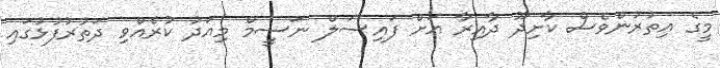
މީގެ އިތުރުންވެސް ކާށިދޫ ދާއިރާ އަށް ފައިސަލް ނަސީމް މިއަދު ކުރެއްވި ދަތުރުފުޅުގައި